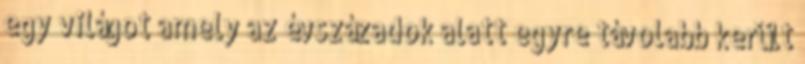
egy világot amely az évszázadok alatt egyre távolabb került